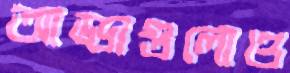
আড্ডাগুলোও